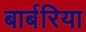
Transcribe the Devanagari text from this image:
बार्बरिया